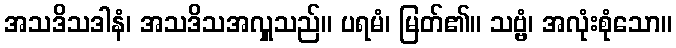
အသဒိသဒါနံ၊ အသဒိသအလှူသည်။ ပရမံ၊ မြတ်၏။ သဗ္ဗံ၊ အလုံးစုံသော။